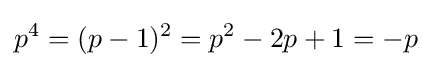
p^{4}=(p-1)^{2}=p^{2}-2p+1=-p